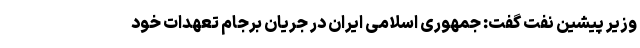
وزیر پیشین نفت گفت: جمهوری اسلامی ایران در جریان برجام تعهدات خود